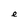
Character: e